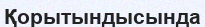
Қорытындысында